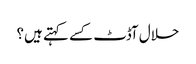
حلال آڈٹ کسے کہتے ہیں؟